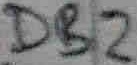
Text: DB2